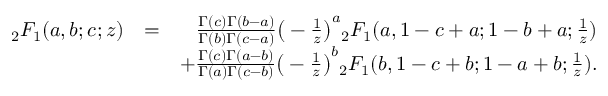
\begin{array} { r l r } { { _ 2 F _ { 1 } } ( a , b ; c ; z ) } & { = } & { \frac { \Gamma ( c ) \Gamma ( b - a ) } { \Gamma ( b ) \Gamma ( c - a ) } \big ( - \frac { 1 } { z } \big ) ^ { a } { _ 2 F _ { 1 } } ( a , 1 - c + a ; 1 - b + a ; \frac { 1 } { z } ) } \\ & { } & { + \frac { \Gamma ( c ) \Gamma ( a - b ) } { \Gamma ( a ) \Gamma ( c - b ) } \big ( - \frac { 1 } { z } \big ) ^ { b } { _ 2 F _ { 1 } } ( b , 1 - c + b ; 1 - a + b ; \frac { 1 } { z } ) . } \end{array}